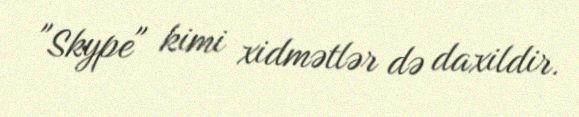
"Skype" kimi xidmətlər də daxildir.